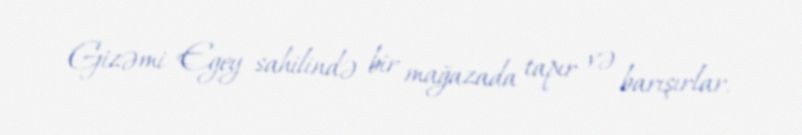
Gizəmi Egey sahilində bir mağazada tapır və barışırlar.